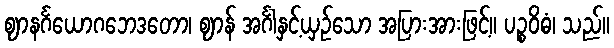
ဈာနင်္ဂယောဂဘေဒတော၊ ဈာန် အင်္ဂါနှင့်ယှဉ်သော အပြားအားဖြင့်။ ပဉ္စဝိဓံ၊ သည်။